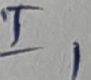
Text: I1